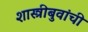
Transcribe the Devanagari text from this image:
शास्त्रीबुवांची